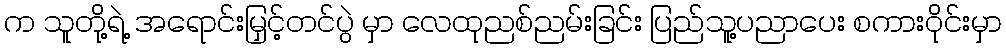
က သူတို့ရဲ့ အရောင်းမြှင့်တင်ပွဲ မှာ လေထုညစ်ညမ်းခြင်း ပြည်သူ့ပညာပေး စကားဝိုင်းမှာ